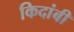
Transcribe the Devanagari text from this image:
किदांबी